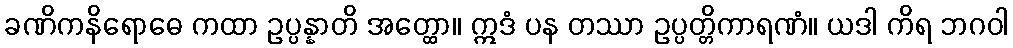
ခဏိကနိရောဓေ ကထာ ဥပ္ပန္နာတိ အတ္ထော။ ဣဒံ ပန တဿာ ဥပ္ပတ္တိကာရဏံ။ ယဒါ ကိရ ဘဂဝါ